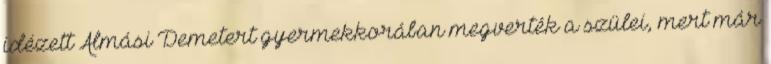
idézett Almási Demetert gyermekkorában megverték a szülei, mert már